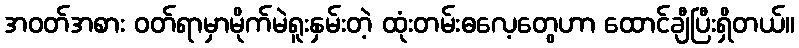
အဝတ်အစား ဝတ်ရာမှာမိုက်မဲရူးနှမ်းတဲ့ ထုံးတမ်းဓလေ့တွေဟာ ထောင်ချီပြီးရှိတယ်။